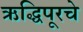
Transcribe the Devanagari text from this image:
ऋद्धिपूरचे